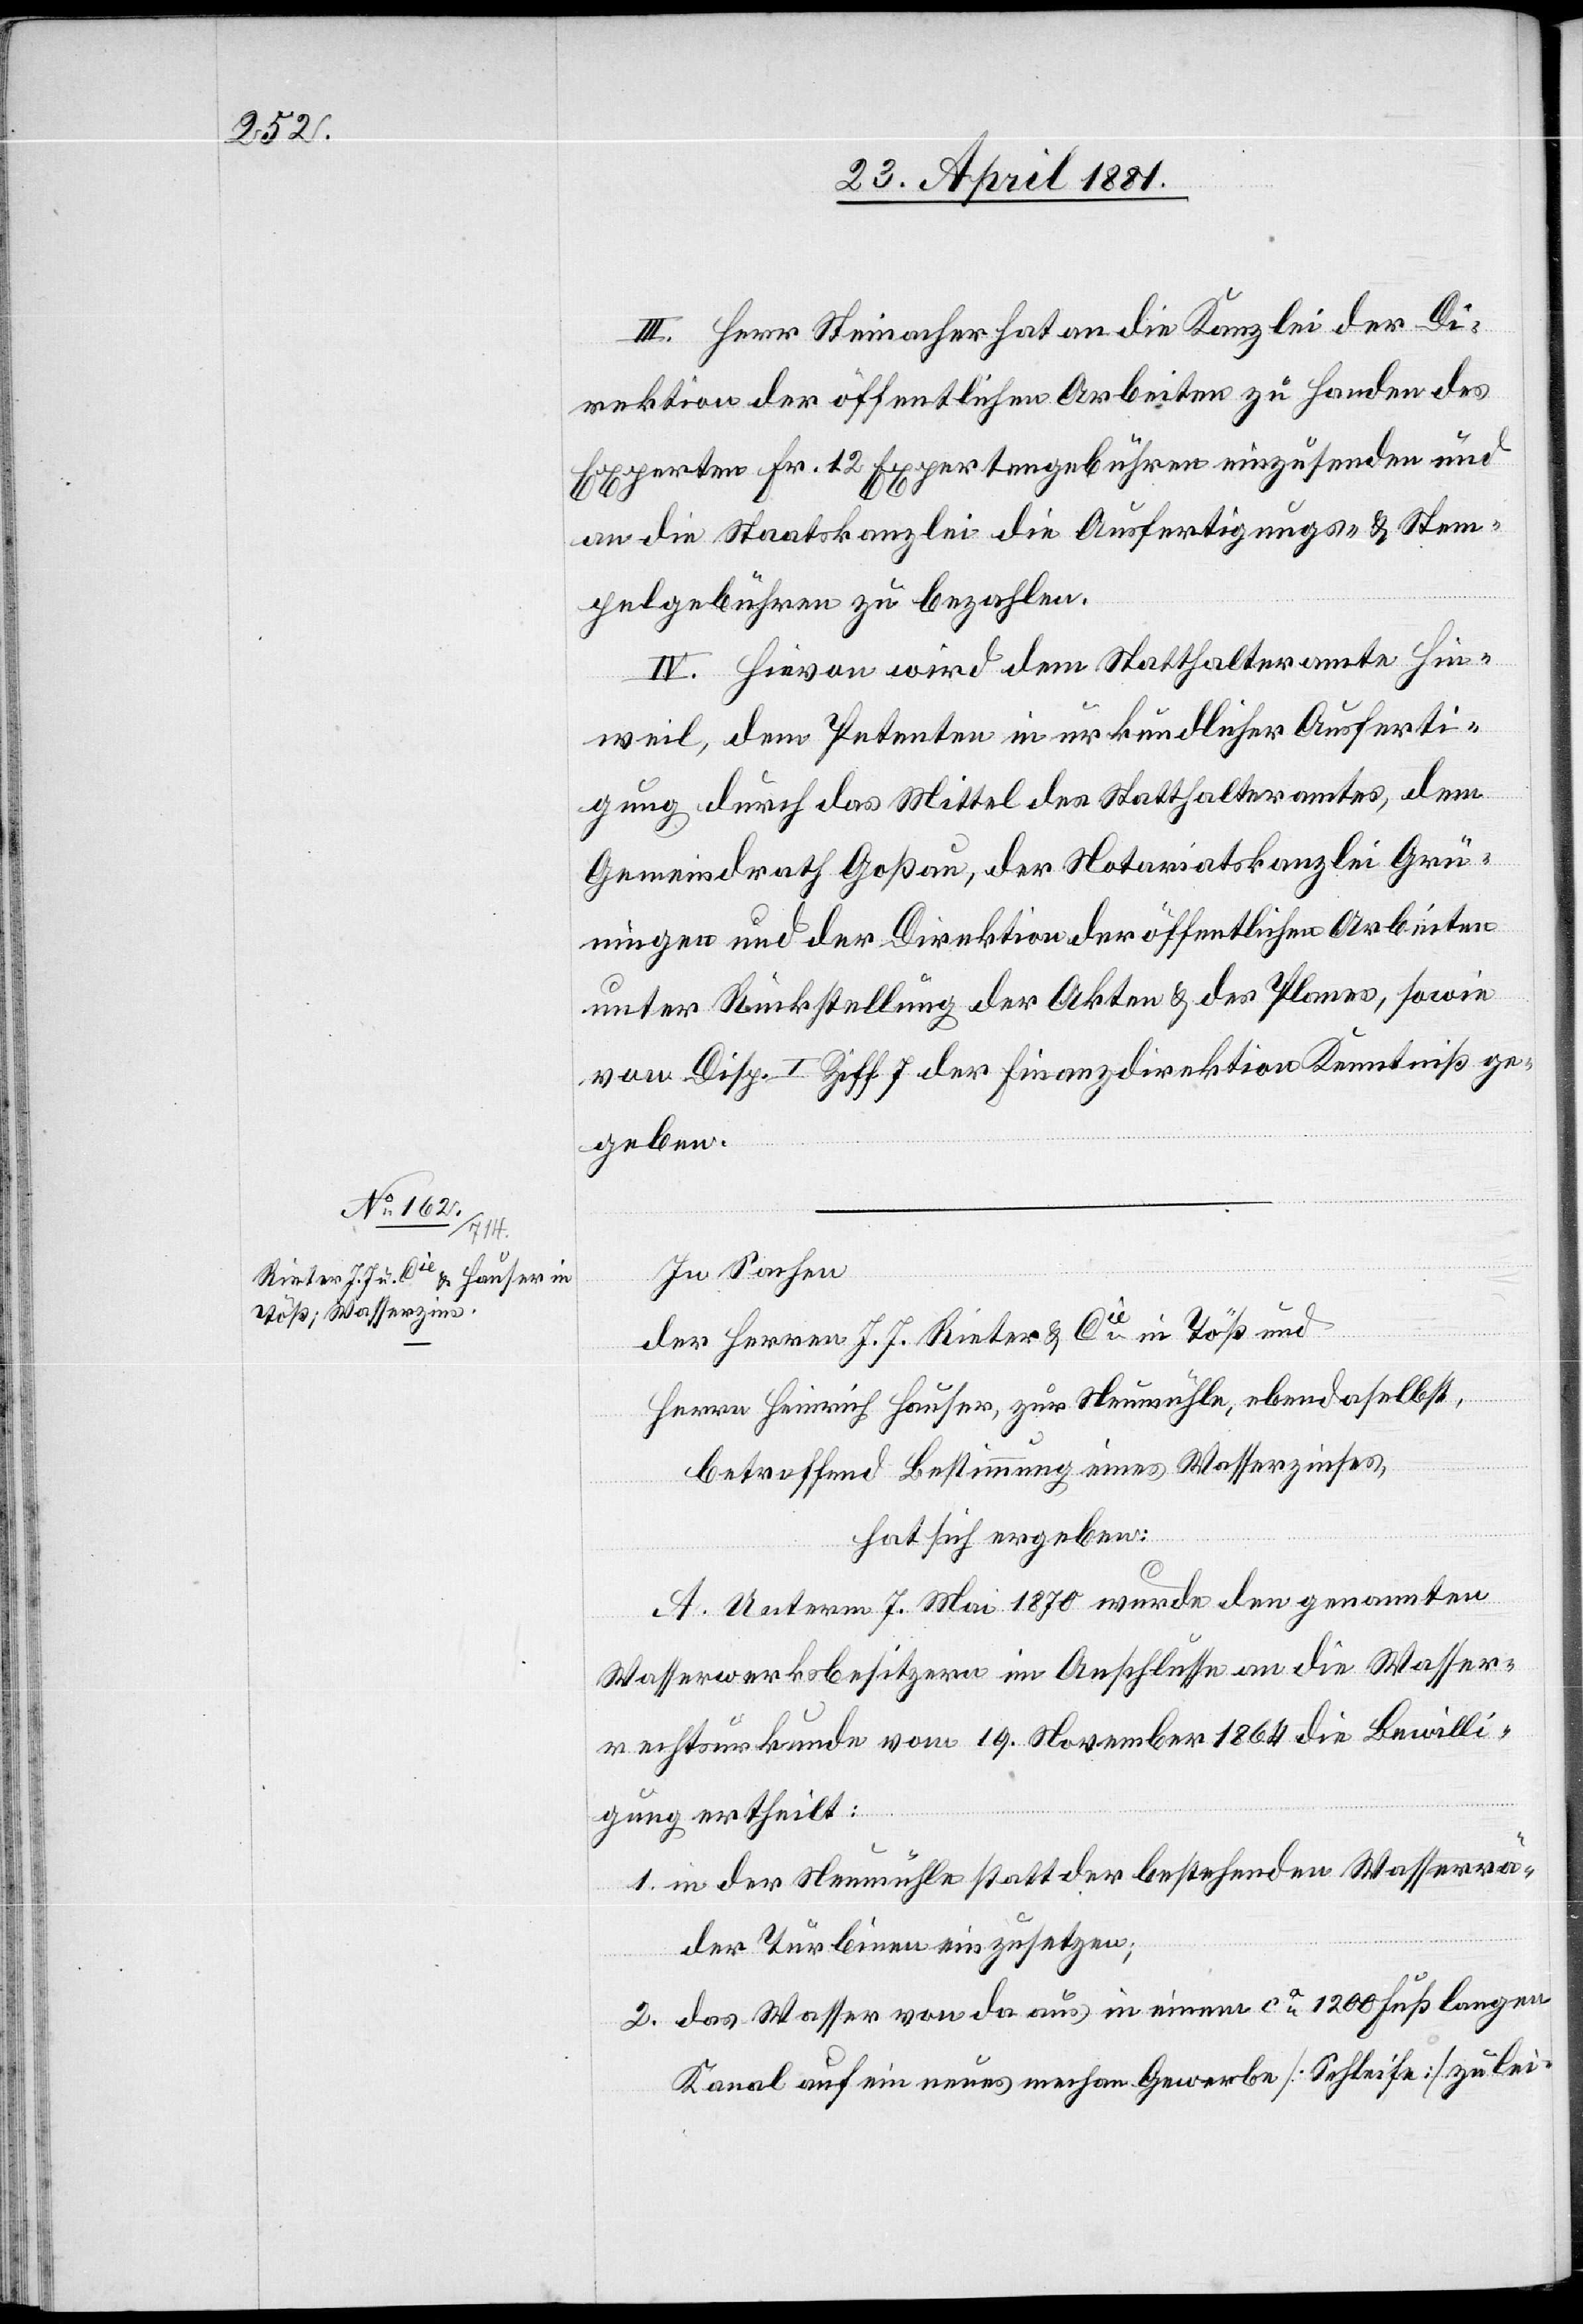
III. Herr Steinacher hat an die Kanzlei der Di¬
rektion öffentlichen Arbeiten zu Handen des
Experten Fr. 12 Expertengebühren einzusenden und
an die Staatskanzlei die Ausfertigungs- & Stem¬
pelgebühren zu bezahlen.
IV. Hievon wird dem Statthalteramte Hin¬
weil, dem Petenten in urkundlicher Ausferti¬
gung durch das Mittel des Statthalteramtes, dem
Gemeindrath Goßau, der Notariatskanzlei Grü¬
ningen und der Direktion öffentlichen Arbeiten
unter Rückstellung der Akten & des Planes, sowie
von Disp. I Ziff. 7 der Finanzdirektion Kenntniß ge¬
geben.
In Sachen
der Herren J. J. Rieter & Cie in Töß und
Herrn Heinrich Hauser, zur Neumühle, ebendaselbst,
betreffend Bestimmung eines Wasserzinses,
hat sich ergeben:
A. Unterm 7. Mai 1870 wurde den genannten
Wasserwerksbesitzern im Anschluße an die Wasser¬
rechtsurkunde vom 19. November 1864 die Bewilli¬
gung ertheilt:
1. in der Neumühle statt der bestehenden Wasserrä¬
der Turbinen einzusetzen;
2. das Wasser von da aus in einem ca 1200 Fuß langen
Kanal auf ein neues mechan. Gewerbe [Schleife] zu lei-